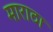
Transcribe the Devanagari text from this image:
माराठा